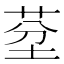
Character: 𦯀